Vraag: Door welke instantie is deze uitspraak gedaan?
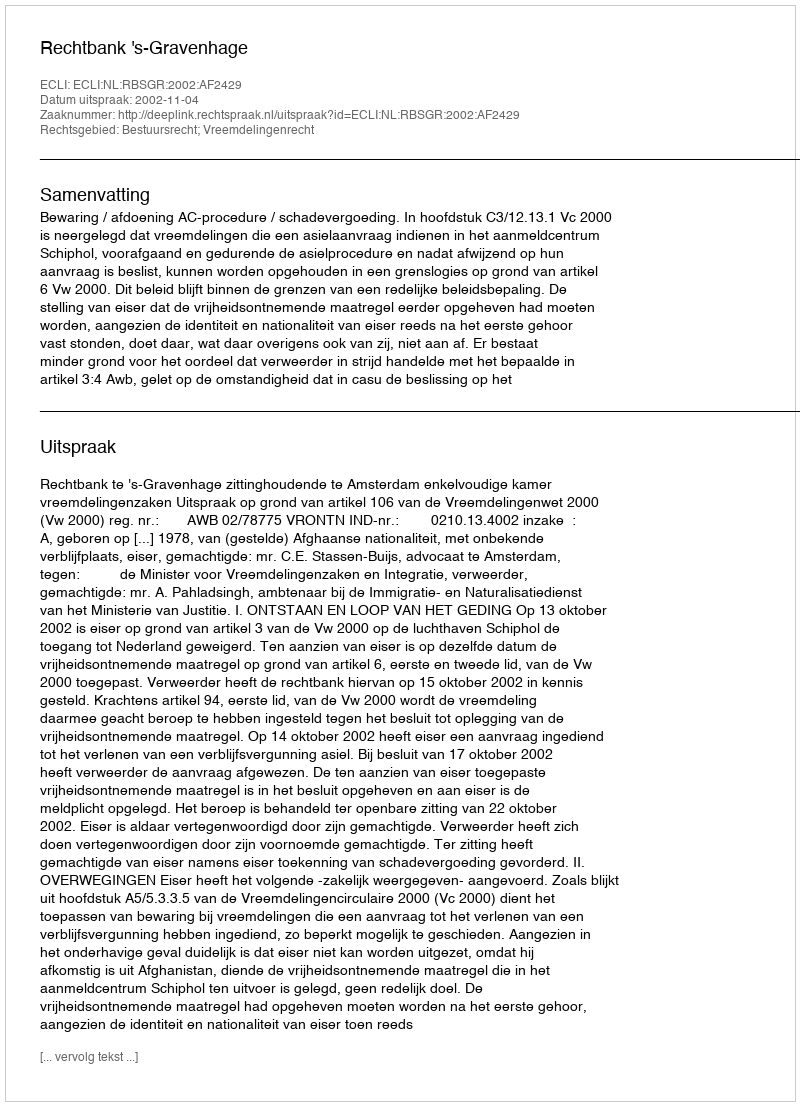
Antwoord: Rechtbank 's-Gravenhage